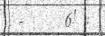
-     6! :